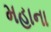
મહાના